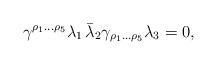
LaTeX: \begin{align*}{\gamma^{\rho_1\dots\rho_5}\lambda_1\,\bar\lambda_2\gamma_{\rho_1\dots \rho_5} \lambda_3 =0,}\end{align*}